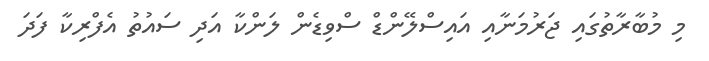
މި މުބާރާތުގައި ޖަރުމަނާއި އައިސްލޭންޑް ސްވިޑެން ލަންކާ އަދި ސައުތު އެފްރިކާ ފަދަ